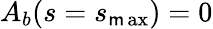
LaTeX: A_{b}(s=s_{\operatorname*{\mathsf{m}ax}})=0